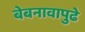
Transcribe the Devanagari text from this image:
बेबनावापुढे